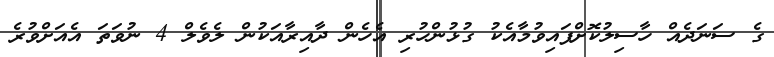
ގެ ސަނަދެއް ހާސިލުކޮށްފައިވުމާއެކު ގުޅުންހުރި އެހެން ދާއިރާއަކުން ލެވެލް 4 ނުވަތަ އެއަށްވުރެ